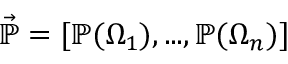
\vec { \mathbb { P } } = [ \mathbb { P } ( \Omega _ { 1 } ) , . . . , \mathbb { P } ( \Omega _ { n } ) ]